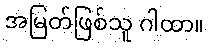
အမြတ်ဖြစ်သူ ဂါထာ။